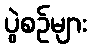
ပွဲစဉ်များ